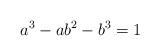
LaTeX: \begin{align*} a^3 - ab^2 - b^3 = 1 \end{align*}